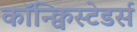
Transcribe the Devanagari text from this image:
कॉन्क्विस्टेडर्स